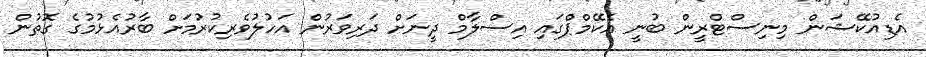
އެޑިއުކޭޝަން މިނިސްޓްރީން ބުނީ އެކޭމްޕްގައި އިސްލާމް ދީނަށް ދަރިވަރުން އަހުލުވެރިކުރުމަށް ބާރުއެޅުމުގެ ގޮތުން